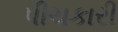
પીચકારી